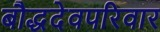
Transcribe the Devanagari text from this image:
बौद्धदेवपरिवार